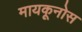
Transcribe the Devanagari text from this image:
मायकूनोस